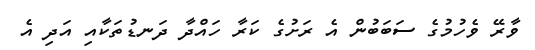
ވާރޭ ވެހުމުގެ ސަބަބުން އެ ރަށުގެ ކަރާ ހައްދާ ދަނޑުތަކާއި އަދި އެ